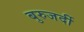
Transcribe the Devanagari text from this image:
बुरुजर्दी